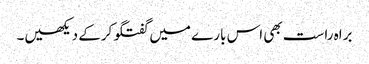
براہ راست بھی اس بارے میں گفتگو کرکے دیکھیں۔